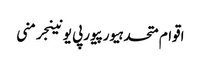
اقوام متحدہیورپیورپی یونینجرمنی